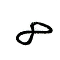
8